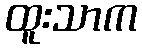
ထူးသာက